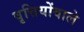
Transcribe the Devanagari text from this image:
वृत्तियोंवाले